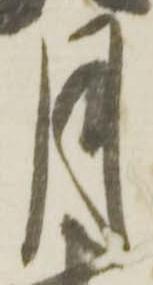
月